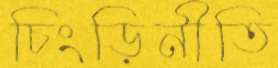
চিংড়িনীতি